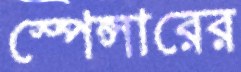
স্পেন্সারের